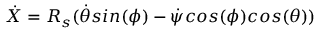
\dot { X } = R _ { s } ( \dot { \theta } s i n ( \phi ) - \dot { \psi } c o s ( \phi ) c o s ( \theta ) )